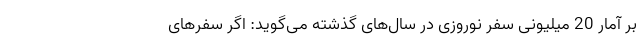
بر آمار 20 میلیونی سفر نوروزی در سال‌های گذشته می‌گوید: اگر سفرهای